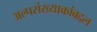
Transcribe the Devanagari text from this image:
अल्पसंख्याकांबद्दल